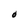
Character: O